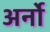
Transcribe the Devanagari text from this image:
अर्नो